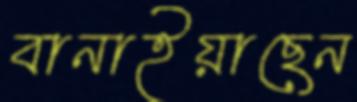
বানাইয়াছেন